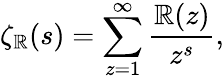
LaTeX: \zeta_{\mathbb{R}}(s)=\sum_{z=1}^{\infty}{\frac{{\mathbb{R}(z)}}{{z^{s}}}},